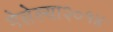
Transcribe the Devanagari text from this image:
गेलेल्या२०१४